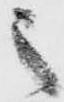
之